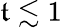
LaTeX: \mathfrak{t}\lesssim1